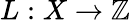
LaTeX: L:X\to\mathbb{Z}